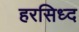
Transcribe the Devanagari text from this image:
हरसिध्द